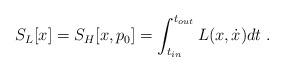
LaTeX: \begin{align*}S_{L}[x]=S_{H}[x,p_{0}]=\int_{t_{in}}^{t_{out}}L(x,\dot{x})dt \; .\end{align*}